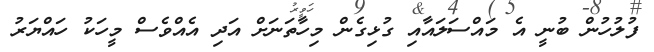
ފުލުހުން ބުނީ އެ މައްސަލައާއި ގުޅިގެން މިހާތަނަށް އަދި އެއްވެސް މީހަކު ހައްޔަރު